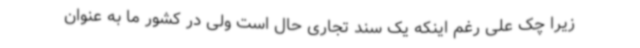
زیرا چک علی رغم اینکه یک سند تجاری حال است ولی در کشور ما به عنوان